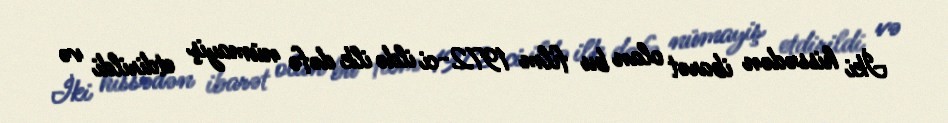
İki hissədən ibarət olan bu film 1972-ci ildə ilk dəfə nümayiş etdirildi və